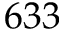
6 3 3